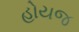
હોયજ